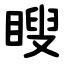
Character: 瞍